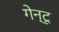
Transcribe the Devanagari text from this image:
गेन्टू